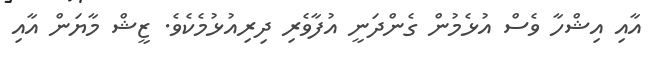
އާއި އިޝްހާ ވެސް އުޅެމުން ގެންދަނީ އުފާވެރި ދިރިއުޅުމެކެވެ. ޒީޝް މާޔަން އާއި